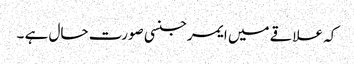
کہ علاقے میں ایمرجنسی صورت حال ہے ۔